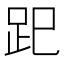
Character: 𧿆